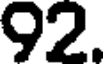
92.